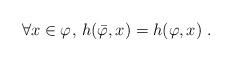
LaTeX: \begin{align*}\forall x \in \varphi_{} , \, h(\bar{\varphi},x)= h(\varphi,x) ~.\end{align*}